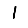
Digit: 1